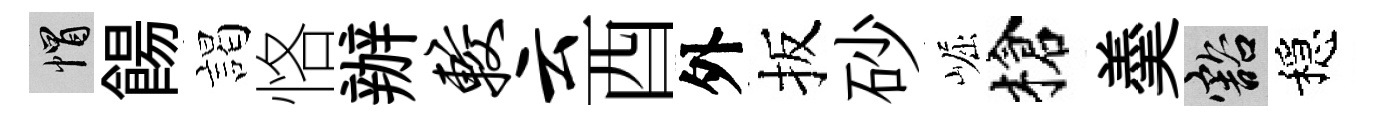
帽餳謁恪辦较云酉外扳砂崛槍羮豁穩